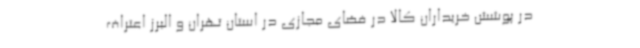
در پوشش خریداران کالا در فضای مجازی در استان تهران و البرز اعتراف